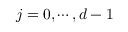
j = 0 , \cdots , d - 1